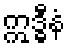
ဣဒ္ဓီနံ